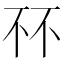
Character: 𫠭